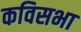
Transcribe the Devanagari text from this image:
कविसभा